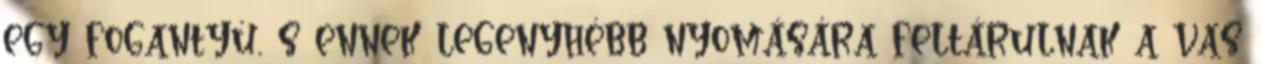
egy fogantyú, s ennek legenyhébb nyomására feltárulnak a vas